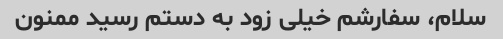
سلام، سفارشم خیلى زود به دستم رسید ممنون